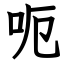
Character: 呃